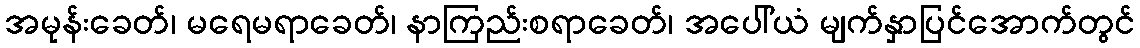
အမုန်းခေတ်၊ မရေမရာခေတ်၊ နာကြည်းစရာခေတ်၊ အပေါ်ယံ မျက်နှာပြင်အောက်တွင်